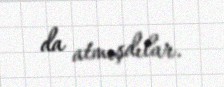
da atmışdılar.